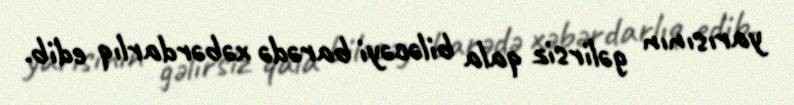
yarısının gəlirsiz qala biləcəyi barədə xəbərdarlıq edib.